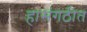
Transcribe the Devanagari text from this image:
हासंगठीत